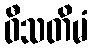
ဝီသတိမံ